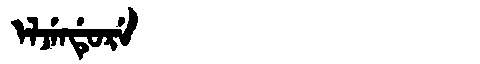
Manchu: ᡝᠯᠵᡝᠨᡩᡠᡵᡝ
Romanization: ELJENDURE